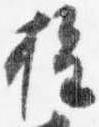
権